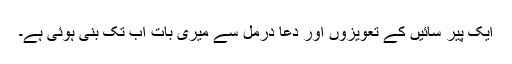
ایک پیر سائیں کے تعویزوں اور دُعا درمل سے میری بات اب تک بنی ہوئی ہے۔